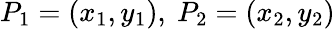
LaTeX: P_{1}=(x_{1},y_{1}),\ P_{2}=(x_{2},y_{2})